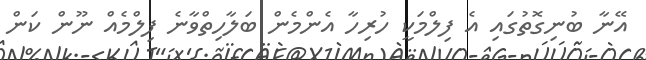
އޭނާ ބުނިގޮތުގައި އެ ފިލްމަކީ ހުރިހާ އެންމެން ބަލާހިތްވާނެ ފިލްމެއް ނޫން ކަން